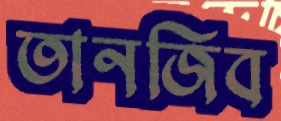
তানজিব